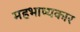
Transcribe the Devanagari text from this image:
महभाष्यकार